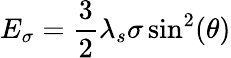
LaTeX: E_{\sigma}={\frac{3}{2}}\lambda_{s}\sigma\sin^{2}(\theta)